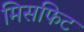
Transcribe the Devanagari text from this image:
मिसफिट